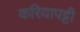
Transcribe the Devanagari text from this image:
करियापट्टी